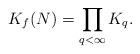
LaTeX: \begin{align*}K_f(N)=\prod_{q < \infty}K_q.\end{align*}